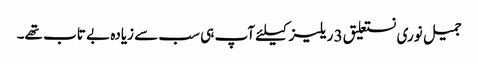
جمیل نوری نستعلیق 3 ریلیز کیلئے آپ ہی سب سے زیادہ بے تاب تھے۔